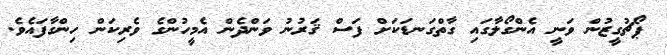
ޕޯޗުގީޒުން ވަނީ އެންގޯލާގައި ގާތްގަނޑަކަށް ފަސް ޤަރުނު ވަންދެން އެމީހުންގެ ވެރިކަން ހިންގާފައެވެ.